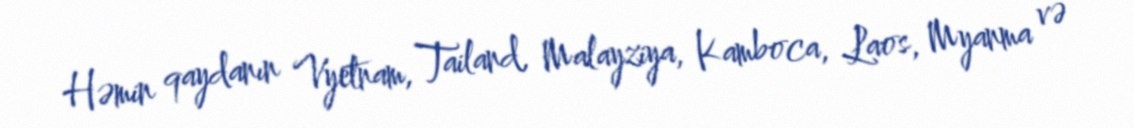
Həmin qaydanın Vyetnam, Tailand, Malayziya, Kamboca, Laos, Myanma və